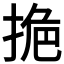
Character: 𭡔